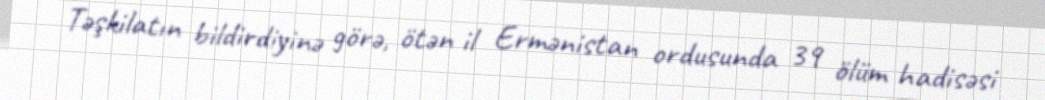
Təşkilatın bildirdiyinə görə, ötən il Ermənistan ordusunda 39 ölüm hadisəsi